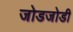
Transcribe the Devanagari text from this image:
जोडजोडी